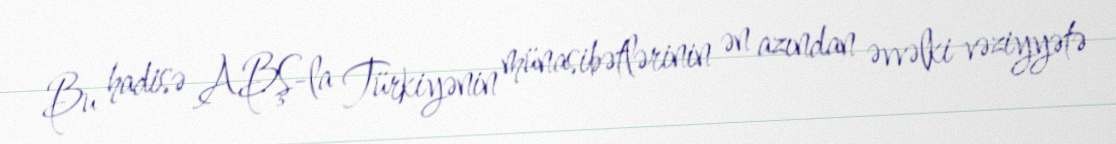
Bu hadisə ABŞ-la Türkiyənin münasibətlərinin ən azından əvvəlki vəziyyətə